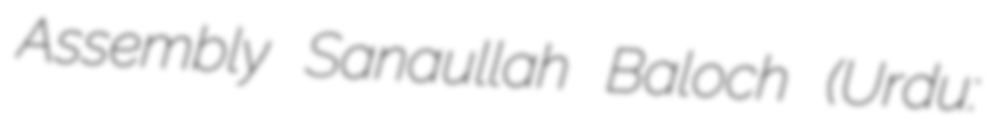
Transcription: Assembly Sanaullah Baloch (Urdu: